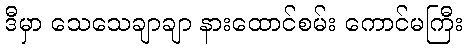
ဒီမှာ သေသေချာချာ နားထောင်စမ်း ကောင်မကြီး